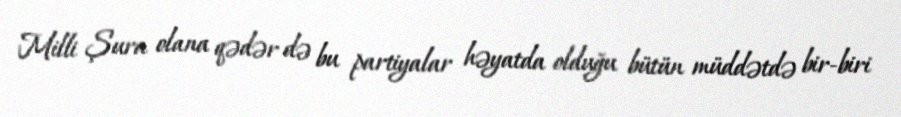
Milli Şura olana qədər də bu partiyalar həyatda olduğu bütün müddətdə bir-biri